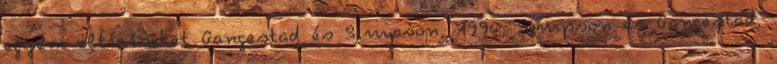
egyéni eltéréseket Gangestad és Simpson, 1990; Simpson és Gangestad,